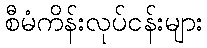
စီမံကိန်းလုပ်ငန်းများ